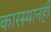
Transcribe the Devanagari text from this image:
कारस्थानही